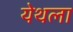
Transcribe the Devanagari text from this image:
येथला